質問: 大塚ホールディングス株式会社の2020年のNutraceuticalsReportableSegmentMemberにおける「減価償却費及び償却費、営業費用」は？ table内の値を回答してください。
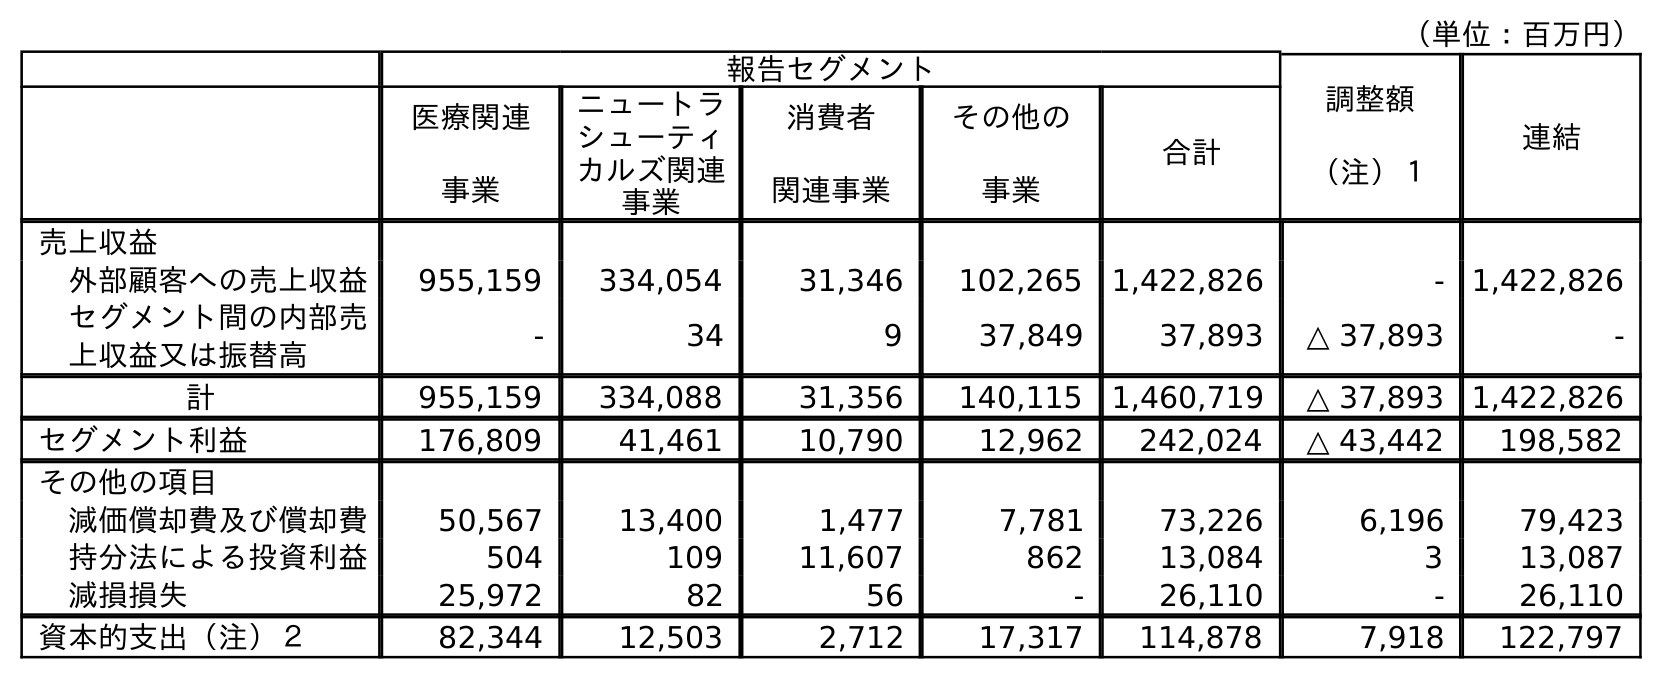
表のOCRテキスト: （単位：百万円） 報告セグメント 調整額 （注）１ 連結 医療関連 事業 ニュートラ シューティ カルズ関連 事業 消費者 関連事業 その他の 事業 合計 売上収益 外部顧客への売上収益 955,159 334,054 31,346 102,265 1,422,826 - 1,422,826 セグメント間の内部売 上収益又は振替高 - 34 9 37,849 37,893 △ 37,893 - 計 955,159 334,088 31,356 140,115 1,460,719 △ 37,893 1,422,826 セグメント利益 176,809 41,461 10,790 12,962 242,024 △ 43,442 198,582 その他の項目 減価償却費及び償却費 50,567 13,400 1,477 7,781 73,226 6,196 79,423 持分法による投資利益 504 109 11,607 862 13,084 3 13,087 減損損失 25,972 82 56 - 26,110 - 26,110 資本的支出（注）２ 82,344 12,503 2,712 17,317 114,878 7,918 122,797
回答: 13,400